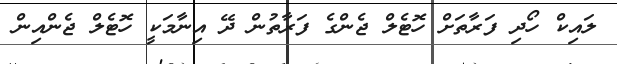
ލައިކް ހޯދި ފަރާތަށް ހޮޓެލް ޖެންގެ ފަރާތުން ދޭ އިނާމަކީ ހޮޓެލް ޖެންއިން